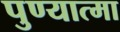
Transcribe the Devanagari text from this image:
पुण्‍यात्‍मा